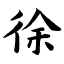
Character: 徐